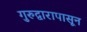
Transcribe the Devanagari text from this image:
गुरुद्वारापासून